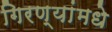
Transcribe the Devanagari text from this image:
गिरण्यांमधे